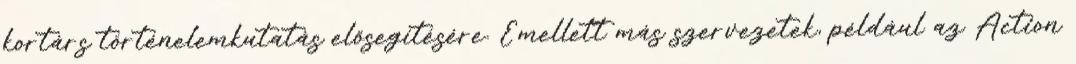
kortárs történelemkutatás elősegítésére. Emellett más szervezetek, például az Action